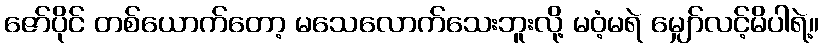
ဇော်ပိုင် တစ်ယောက်တော့ မသေလောက်သေးဘူးလို့ မဝံ့မရဲ မျှော်လင့်မိပါရဲ့။